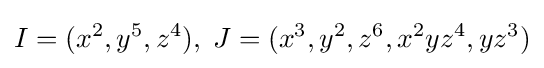
I=(x^{2},y^{5},z^{4}),\;J=(x^{3},y^{2},z^{6},x^{2}yz^{4},yz^{3})